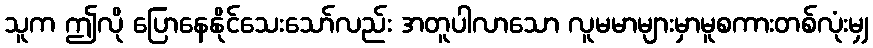
သူက ဤလို ပြောနေနိုင်သေးသော်လည်း အတူပါလာသော လူမမာများမှာမူစကားတစ်လုံးမျှ